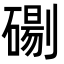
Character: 𭄓